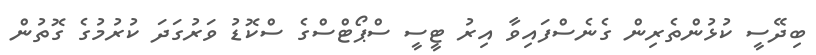
ބިދޭސީ ކުޅުންތެރިން ގެނެސްފައިވާ އިރު ޓީސީ ސްޕޯޓްސްގެ ސްކޮޑު ވަރުގަދަ ކުރުމުގެ ގޮތުން